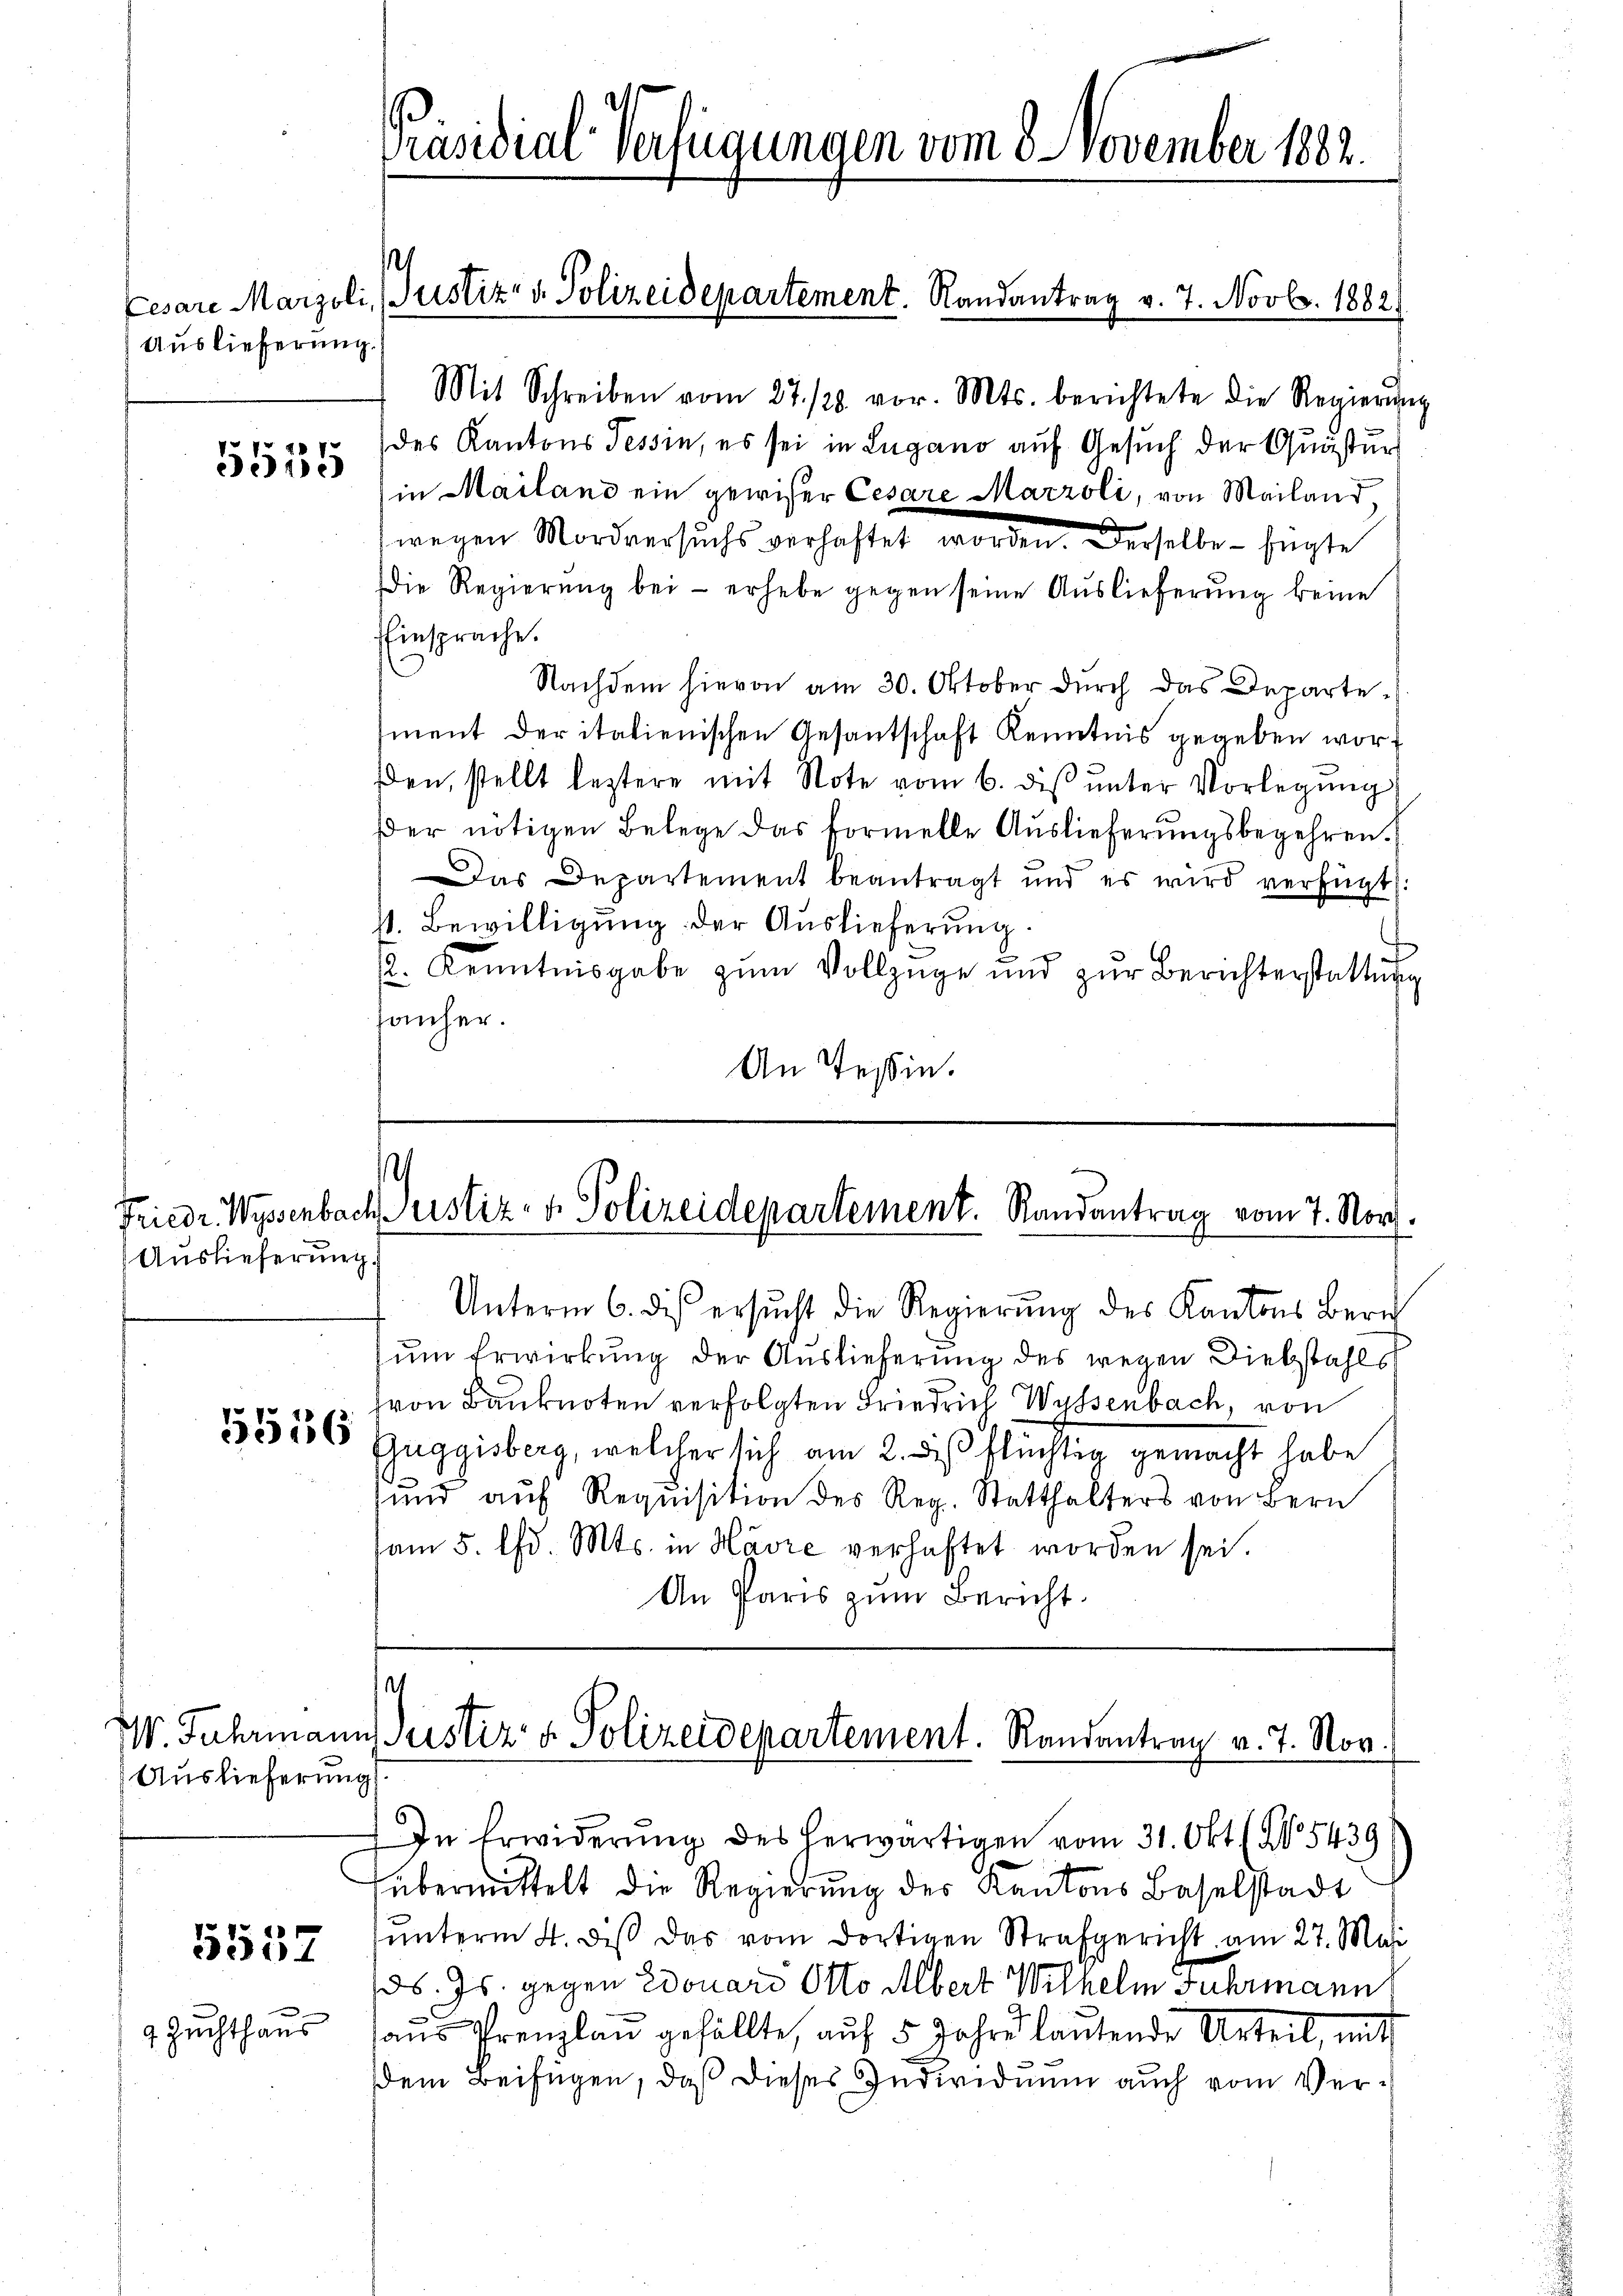
Auslieferung.)
5555

Auslieferung.

5516

Auslieferung

5557

Zuchthaus

Präsidial-Verfügungen vom 8. November 1882.

Mit Schreiben vom 27./20. vor. Mts. berichtete die Regierŭng
des Kantons Tessin, es sei in Lugano auf Gesuch der Quästur
(in Mailand ein gewiser Cesare Marzoli, von Mailand
wegen Mordversuchs verhaftet worden. Derselbe - fügte
Die Regierŭng bei - erhebe gegen seine Auslieferung keine
Einsprache.
Nachdem hievon am 30. Oktober durch das Departement der italienischen Gesantschaft Kenntnis gegeben worßen, stellt leztere mit Note vom 6. dis ŭnter Vorlegŭng
er nötigen Belege das formelle Auslieferungsbegehren.
Das Departement beantragt und es wird verfügt:
st. Bewilligung der Auslieferung.
2. Kenntnisgabe zum Vollzüge und zŭr Berichterstattung
Janher.
An Teßin.

s
Lesare Marzoli, (Justiz- v. Polizeidepartement. Randantrag v. 7. Novbr. 1882

Unterm 6. dies ersucht die Regierung des Kantons Zürich
um Erwirkung der Auslieferung des wegen Diebstahls
von Banknoten verfolgten Friedrich Wyssenbach, von
Guggisberg, welcher sich am 2. des flüchtig gemacht habe
und auf Requisition des Reg. Statthalters von Bern
am 5. d. Mts. in Havre verhaftet worden sei.
An Paris zum Bericht

ans Prenplan gefällte, auf 5 Jahre lautende Urteil, mit
dem Beifügen, daß dieses Individuum auch vom Ver¬

n
¬
Friedr. Wyssenbach Justiz- & Polizeidepartement. Randantrag vom 7. Nov.

et
W. Fuhrmann Justiz- & Polizeidepartement. Randantrag v. 7. Nov.

In Erwiderŭng des herwärtigen vom 31. Okt No 5439
übermittelt die Regierung des Kantons Baselstadt
ŭnterm 4. diβ das vom dortigen Strafgericht am 27. Mai
ds. Js. gegen Edouard Otto Albert Wilhelm Fuhrmann